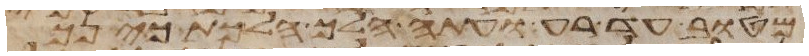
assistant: מטוב עד רע ועתה הלך הלכת כי